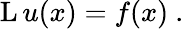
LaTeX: \operatorname{L}u(x)=f(x)~.